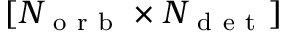
[ { N _ { \mathrm { ~ o ~ r ~ b ~ } } } \times { N _ { \mathrm { ~ d ~ e ~ t ~ } } } ]